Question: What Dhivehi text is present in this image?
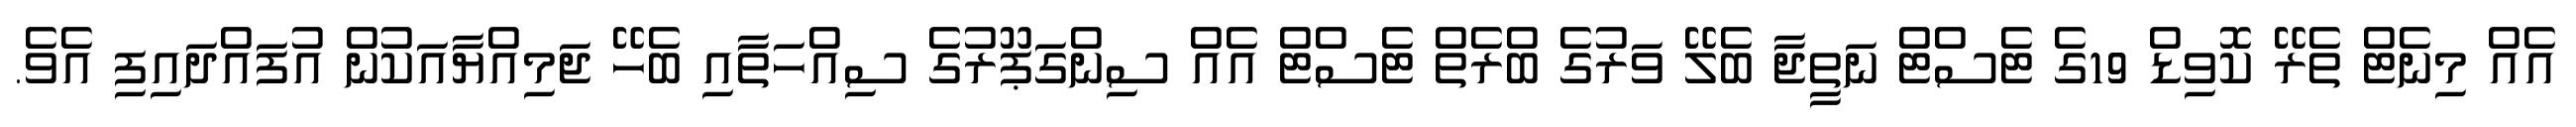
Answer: އެއް މިނެޓް ތެރޭ ކޮވިޑް 19ގެ ޓެސްޓް ނަތީޖާ ބެލޭ ވަރުގެ ބްރެތް ޓެސްޓް އެއް ސިންގަޕޫރުގެ ސިއްހަތާއި ބެހޭ ޖަމިއްޔާއަކުން އުފައްދައިފި އެވެ.